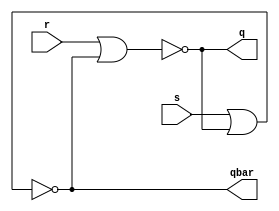
module srlatchnor(s,r,q,qbar);

input s,r; 
output q,qbar;

assign q=~(r | qbar);
assign qbar=~(s |q );

endmodule